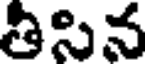
తిసిన